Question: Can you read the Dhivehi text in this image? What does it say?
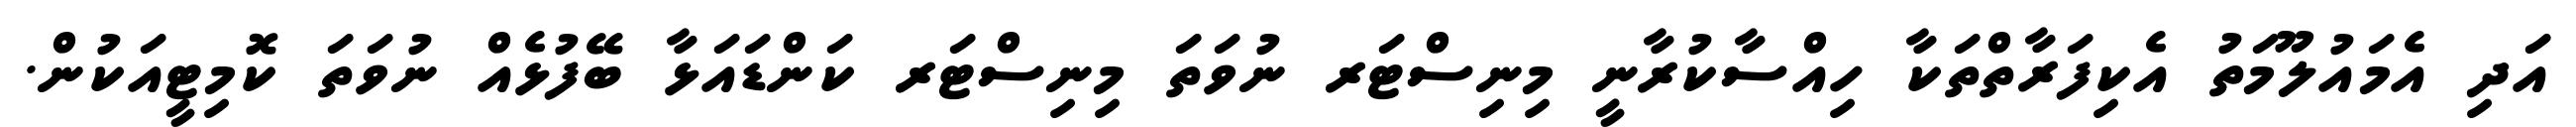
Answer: އަދި އެމައުލޫމަތު އެކިފަރާތްތަކާ ހިއްސާކުރާނީ މިނިސްޓަރ ނުވަތަ މިނިސްޓަރ ކަންޑައަޅާ ބޭފުޅެއް ނުވަތަ ކޮމިޓީއަކުން.